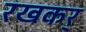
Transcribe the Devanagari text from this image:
रखकर्